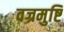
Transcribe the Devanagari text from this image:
वज्रमुष्टि